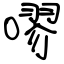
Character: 嘐